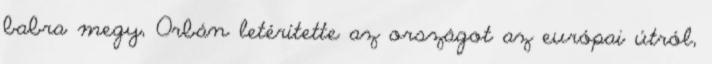
babra megy, Orbán letérítette az országot az európai útról,